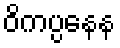
ဝိကပ္ပနေန